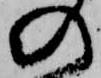
の